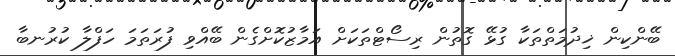
ބޭންކިން ޚިދުމަތްތަކާ ގުޅޭ ގޮތުން ރިސޯޓްތަކަށް އަމާޒުކޮށްގެން ބޭއްވި ފުރަތަމަ ހަފްލާ ކުރުނބާ